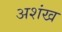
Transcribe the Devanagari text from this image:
अशंख